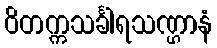
ဝိတက္ကသင်္ခါရသဏ္ဌာနံ